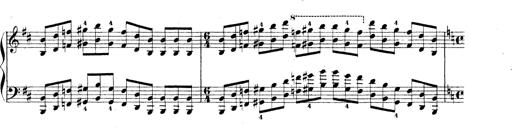
Title: Technische Studien
Composer: Franz Liszt